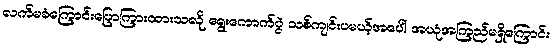
လက်မခံကြောင်းပြောကြားထားသလို ရွေးကောက်ပွဲ သစ်ကျင်းပမယ့်အပေါ် အယုံအကြည်မရှိကြောင်း